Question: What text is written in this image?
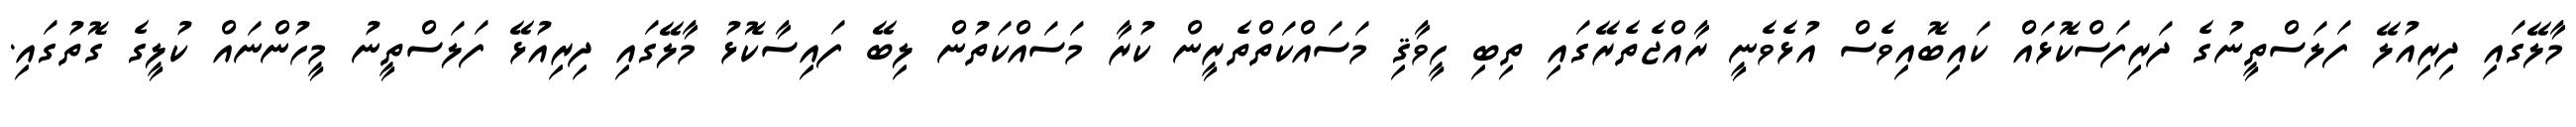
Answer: މާލޭގައި ދިރިއުލޭ ފަލަސްތީނުގެ ދަރިފަސްކޮޅައް ކައިބޮއިވެސް އުޅެވެނީ ރާއްޖެތެރޭގައި ތިބި ހީވާޤި މަސައްކަތްތެރީން ކުރާ މަސައްކަތުން ލިބޭ ފައިސާކޮޅު މާލޭގައި ދިރިއުޅޭ ފަލަސްތީނު މީހުންނައް ކުލީގެ ގޮތުގައި.